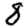
Digit: 8